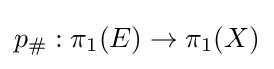
p_{\#}:\pi _{1}(E)\rightarrow \pi _{1}(X)